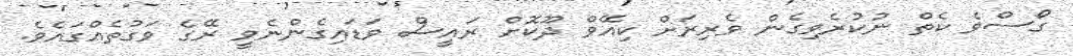
ގޯސްވެ ކެތް ނުކުރެވިގެން ވެރިރަށް ކިއޭވް ދޫކޮށް ރައީސް ވަޑައިގެންނެވީ ރޭގެ ވަގުތެއްގައެވެ.